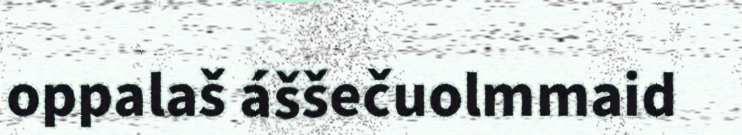
oppalaš áššečuolmmaid